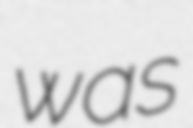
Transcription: was